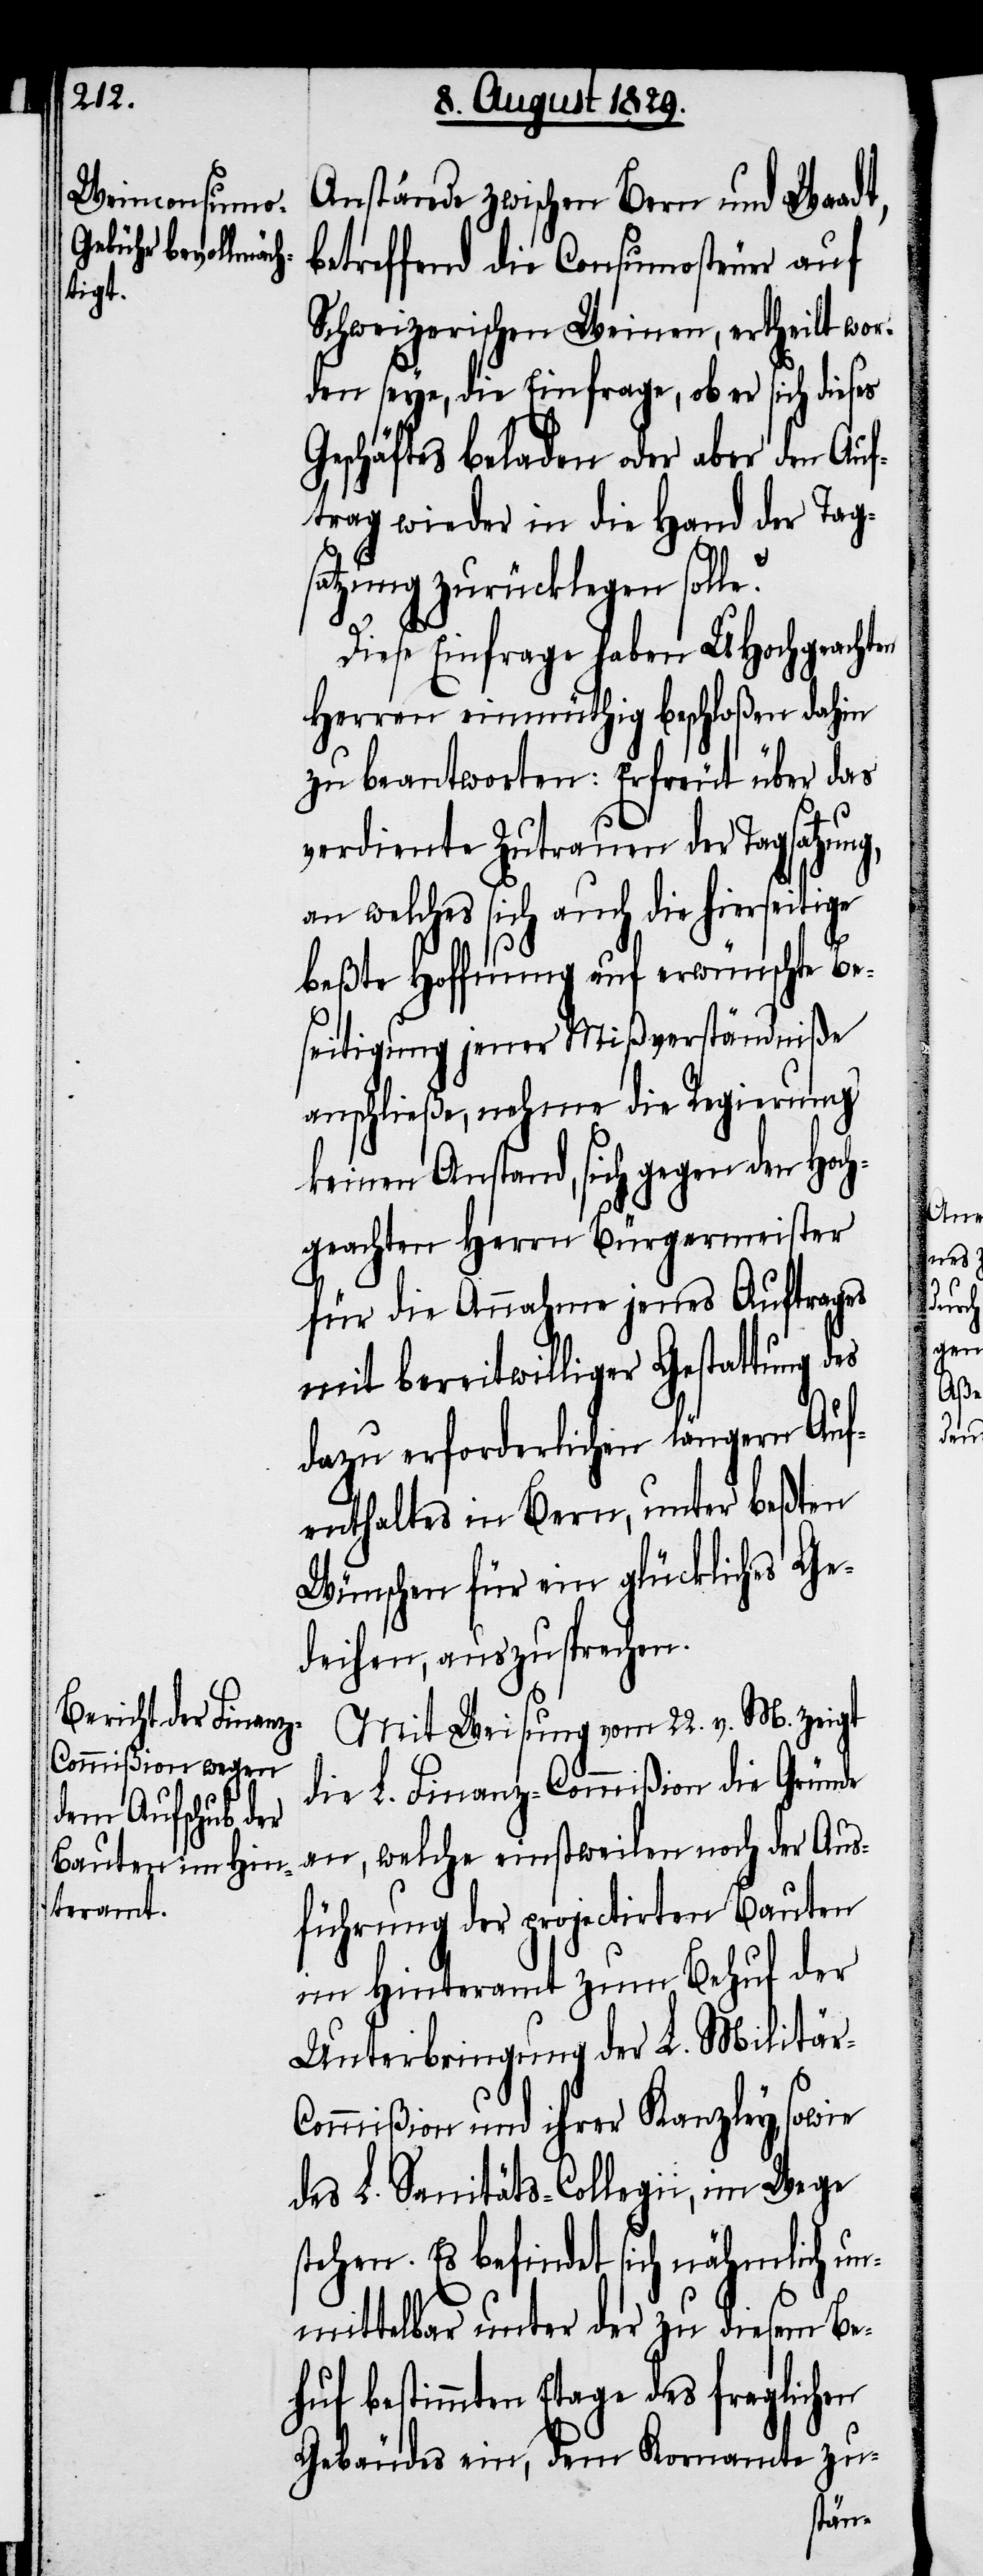
Anstände zwischen Bern und Waadt,
betreffend die Consumosteuer auf
Schweizerischen Weinen, ertheilt wor¬
den seye, die Einfrage, ob er sich dieses
Geschäftes beladen oder aber den Auf¬
trag wieder in die Hand der Tag¬
satzung zurücklegen solle?
Diese Einfrage haben UHochgeachten
Herren einmüthig beschloßen dahin
zu beantworten: Erfreut über das
verdiente Zutrauen der Tagsatzung,
an welches sich auch die hierseitige
beßte Hoffnung auf erwünschte Be¬
seitigung jener Mißverständniße
anschließe, nehme die Regierung
keinen Anstand, sich gegen den Hoch¬
geachten Herrn Bürgermeister
für die Annahme jenes Auftrages
mit bereitwilliger Gestattung
dazu erforderlichen längern Auf¬
enthaltes in Bern, unter beßten
Wünschen für ein glückliches Ge¬
deihen, auszusprechen.
Mit Weisung vom 22. v. M. zeigt
die L. Finanz-Commißion die Gründe
an, welche einstweilen noch der Aus¬
führung der projectirten Bauten
im Hinteramt zum Behuf der
Unterbringung der L. Militä¬
r-Commißion und ihrer Kanzley, sowie
des L. Sanitäts-Collegii, im Wege
stehen. Es befindet sich nähmlich un¬
mittelbar unter der zu diesem Be¬
huf bestimmten Etage des fraglichen
Gebäudes ein, dem Kornamte zu-